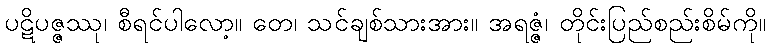
ပဋိပဇ္ဇဿု၊ စီရင်ပါလော့။ တေ၊ သင်ချစ်သားအား။ အရဇ္ဇံ၊ တိုင်းပြည်စည်းစိမ်ကို။